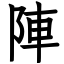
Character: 陣